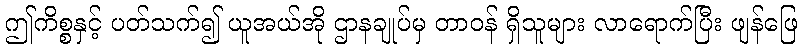
ဤကိစ္စနှင့် ပတ်သက်၍ ယူအယ်အို ဌာနချုပ်မှ တာဝန် ရှိသူများ လာရောက်ပြီး ဖျန်ဖြေ